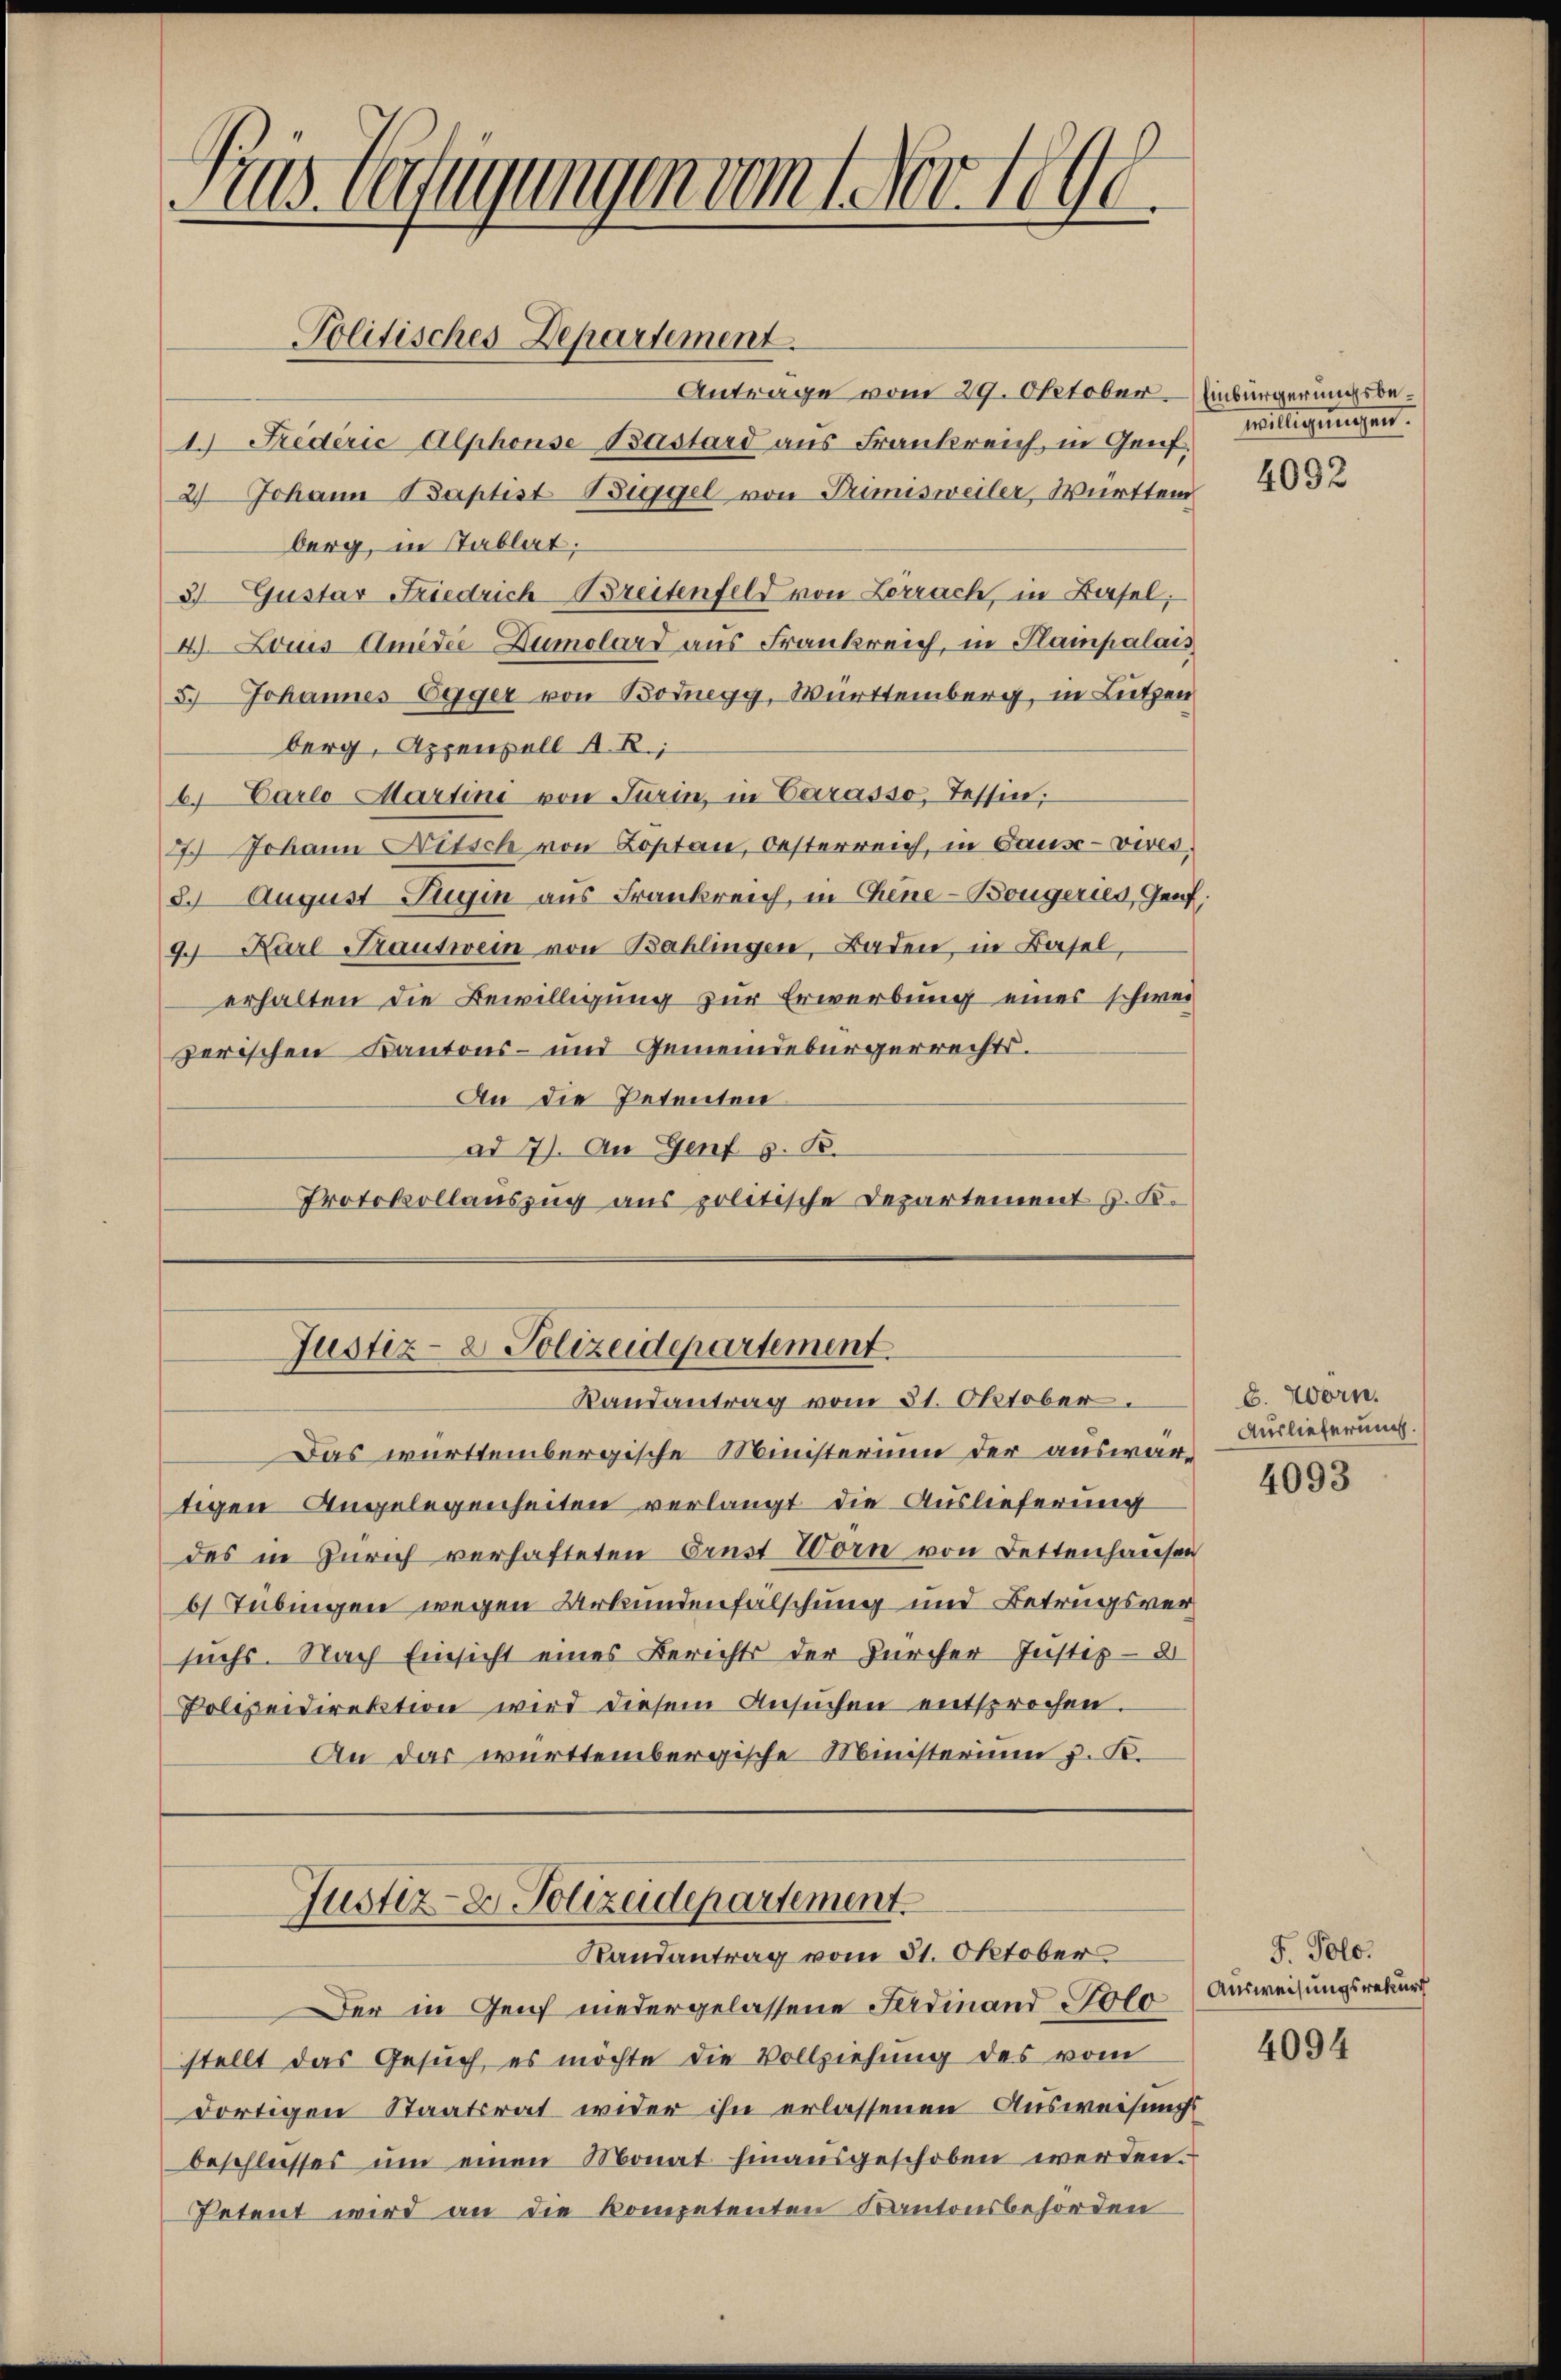
Pius beifügungen vom 1. Nov. 1890

Antrage vom 29. Oktober Einbürgerungsbe¬
1. Fredérić Alphonse Bastard aus Frankreich, in Genf.
24 Johann Baptist Biggel von Drimisweiler Württem
berg, in Tablat;
3 Gustar Friedrich Breitenfeld von Lorrach, in Basel;
4. Louis Amidie Dumolard aus Frankreich, in Stampalais
5.) Johannes Egger von Bodnegg, Württemberg, in Lützen
berg, Appenzell A. R.,
b. Carlo Martini von Turin, in Carasso, Tessin,
27.) Johann Nitsch von Loptan, Oesterreich, in Pause - vives,
8. August Zugin aus Frankreich, in Chine-Bougeries, Genf.
9 Karl Trautwein von Bahlingen, Baden, in Basel,
erhalten die Bewilligung zur Erwerbung eines schweizerischen Kantons- und Gemeindebürgerrechts.
An die Petenten
ad 7). An Genf v. K.
Protokollauszug aus politische Departement J. K.

Politisches Departement.

Justiz- & Polizeidepartement
Randantrag vom 31. Oktober.

Das württembergische Ministerium der auswärtigen Angelegenheiten verlangt die Auslieferung
des in Zürich verhafteten Ernst Worn von Bettenhausen
61 Tübingen wegen Urkundenfälschung und Betragsversuchs. Nach Einsicht eines Berichts der Zürcher Justiz-
Polizeidirektion wird diesem Ansuchen entsprochen.
An das württembergische Ministerium z. K.

Justiz- & Polizeidepartement.
Randantrag vom 31. Oktober

Der in Zeich niedergelassene Ferdinand Solo Ausweisungsrekurs
stellt das Gesuch, es möchte die Vollziehung des vom
dortigen Staatsrat wider ihn erlassenen Ausweisungsbeschlosses ŭm einen Monat hinausgeschoben werden.
Petent wird an die kompetenten Kantonsbehörden

willigungen.

4092

8. Worn.
Auslieferung.

4093

F. Polo.

4094